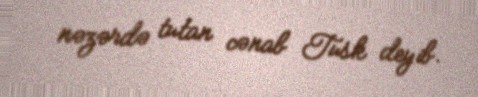
nəzərdə tutan cənab Tusk deyib.